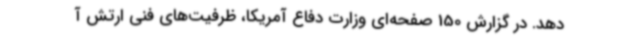
دهد. در گزارش 150 صفحه‌ای وزارت دفاع آمریکا، ظرفیت‌های فنی ارتش آ